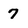
Character: 7